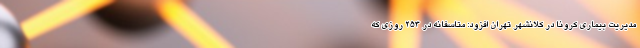
مدیریت بیماری کرونا در کلانشهر تهران افزود: متاسفانه در ۲۵۳ روزی که